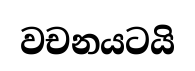
වචනයටයි